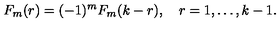
F _ { m } ( r ) = ( - 1 ) ^ { m } F _ { m } ( k - r ) , \quad r = 1 , \ldots , k - 1 .